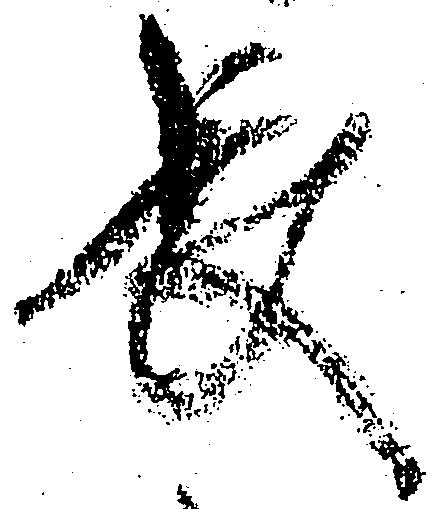
長